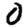
Digit: 0